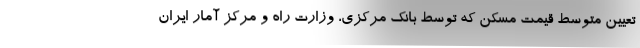
تعیین متوسط قیمت مسکن که توسط بانک مرکزی، وزارت راه و مرکز آمار ایران